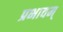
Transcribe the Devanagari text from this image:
प्रभावम्